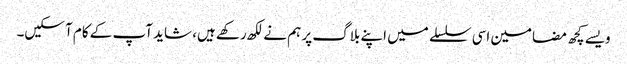
ویسے کچھ مضامین اسی سلسلے میں اپنے بلاگ پر ہم نے لکھ رکھے ہیں، شاید آپ کے کام آ سکیں۔